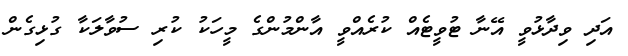
އަދި ވިދާޅުވީ އޭނާ ޓުވީޓެއް ކުރެއްވީ އާންމުންގެ މީހަކު ކުރި ސުވާލަކާ ގުޅިގެން